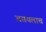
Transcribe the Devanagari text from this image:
असयलाच